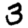
Digit: 3